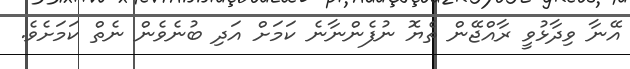
އޭނާ ވިދާޅުވީ ރާއްޖޭން ތެޔޮ ނުފެންނާނެ ކަމަށް އަދި ބުނެވެން ނެތް ކަމަށެވެ.